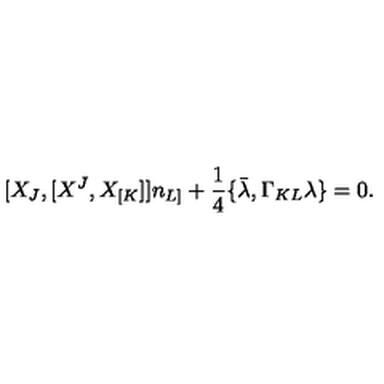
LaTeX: [ X _ { J } , [ X ^ { J } , X _ { [ K } ] ] n _ { L ] } + { \frac { 1 } { 4 } } \{ \bar { \lambda } , \Gamma _ { K L } \lambda \} = 0 .